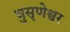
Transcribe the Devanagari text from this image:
घुसृणेश्वर